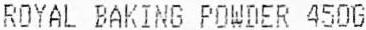
ROYAL BAKING POWDER 450G